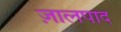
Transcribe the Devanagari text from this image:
ज़ालपाद